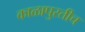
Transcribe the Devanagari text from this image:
काळापुरतीच